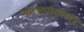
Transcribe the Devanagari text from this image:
सरंजामदरावर